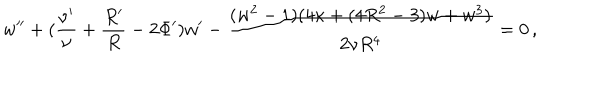
LaTeX: w ^ { \prime \prime } + ( \frac { \nu ^ { \prime } } { \nu } + \frac { R ^ { \prime } } { R } - 2 \Phi ^ { \prime } ) w ^ { \prime } - \frac { ( w ^ { 2 } - 1 ) ( 4 \kappa + ( 4 R ^ { 2 } - 3 ) w + w ^ { 3 } ) } { 2 \nu R ^ { 4 } } = 0 \, ,